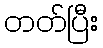
တတ်ပြီး